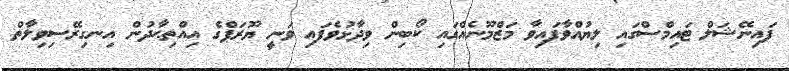
ފައިނޭޝަލް ޓައިމްސްގައި ލިޔުއްވާފައިވާ މަޒްމޫނެއްގައި ކޯބިން ވިދާޅުވެފައި ވަނީ ޔޫރަޕްގެ އިއްތިޙާދުން އިނގިރޭސިވިލާތް